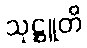
သုဋ္ဌူတိ